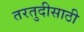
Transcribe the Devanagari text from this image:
तरतुदीसाठी